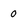
Character: 0